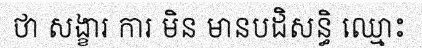
ថា សង្ខារ ការ មិន មានបដិសន្ធិ ឈ្មោះ